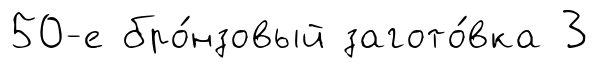
50-е бро́нзовый загото́вка 3